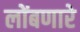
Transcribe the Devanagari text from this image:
लोंबणारे